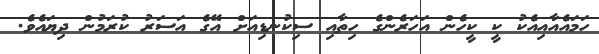
ހަމައެއާއިއެކު ކީ ކީހެން އަހަރެންގެ ހިތާއި ސިކުނޑިއަށް އޭގެ އަސަރު ކުރަމުން ދިޔައެވެ.